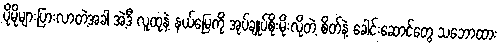
ပိုမိုများပြားလာတဲ့အခါ အဲ့ဒီ လူထုနဲ့ နယ်မြေကို အုပ်ချုပ်စိုးမိုးလိုတဲ့ စိတ်နဲ့ ခေါင်းဆောင်တွေ သဘောထား